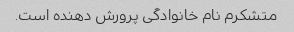
متشکرم نام خانوادگی پرورش دهنده است.